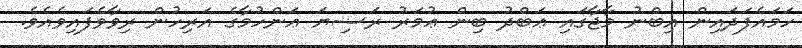
ހަމައެފަދައިން އިބްނު މާޖާގައި ޢަބްދު ބިން ޢުމަރު ރަޟިޔަ ޢަންހުމާގެ އަރިހުން ރިވާވެފައިވެއެވެ.